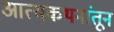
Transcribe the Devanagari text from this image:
आत्मकथनांतून